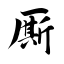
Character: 厮